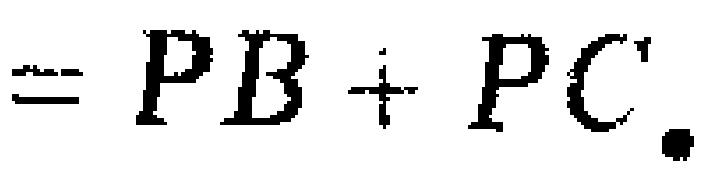
$= PB + PC.$